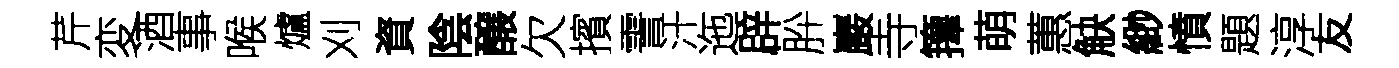
芹変酒事喉爐刈資陰醸欠擯霅汗迤辟肸巖寺籜萌蕙觖緲憤題淳友